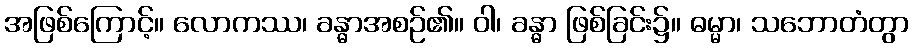
အဖြစ်ကြောင့်။ လောကဿ၊ ခန္ဓာအစဉ်၏။ ဝါ၊ ခန္ဓာ ဖြစ်ခြင်း၌။ ဓမ္မာ၊ သဘောတံတွာ